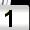
Digit: 1